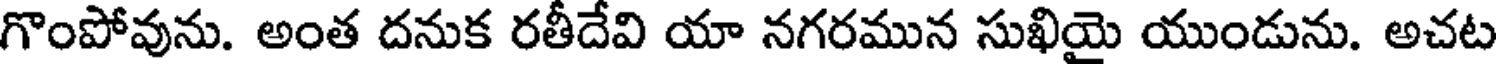
గొంపోవును. అంత దనుక రతీదేవి యా నగరమున సుఖియై యుండును. అచట